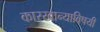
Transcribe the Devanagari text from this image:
कारखान्याविषयी